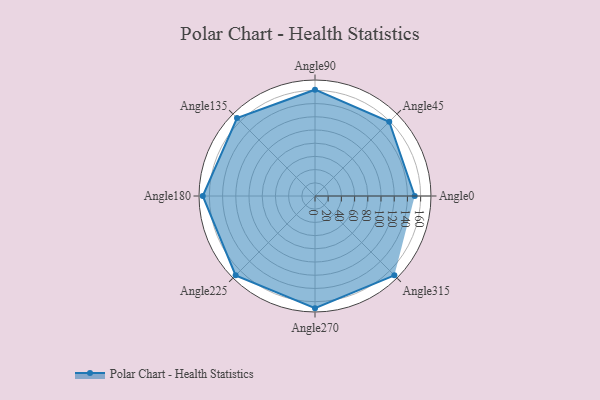
{"axis": {"x": "Angle", "y": "Radius"}, "legend": [""], "data": [{"x": "Angle0", "y": 151.0, "type": ""}, {"x": "Angle45", "y": 159.0, "type": ""}, {"x": "Angle90", "y": 161.0, "type": ""}, {"x": "Angle135", "y": 167.0, "type": ""}, {"x": "Angle180", "y": 170, "type": ""}, {"x": "Angle225", "y": 170, "type": ""}, {"x": "Angle270", "y": 170, "type": ""}, {"x": "Angle315", "y": 170, "type": ""}]}